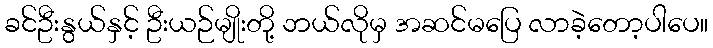
ခင်ဦးနွယ်နှင့် ဦးယဉ်မျိုးတို့ ဘယ်လိုမှ အဆင်မပြေ လာခဲ့တော့ပါပေ။